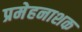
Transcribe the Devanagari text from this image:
प्रमेहनाशक